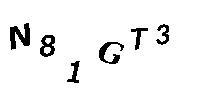
N8AGT3